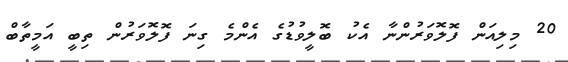
20 މިލިއަން ފޮލޮވަރުންނާ އެކު ބޮލީވުޑުގެ އެންމެ ގިނަ ފޮލޮވަރުން ތިބީ އަމީތާބް